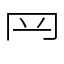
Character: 𦉰